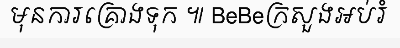
មុនការគ្រោងទុក ៕ BeBeក្រសួងអប់រំ